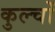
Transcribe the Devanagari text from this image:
कुल्चों